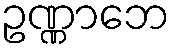
ဥဏ္ဏာဘေ